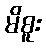
မိစူး